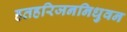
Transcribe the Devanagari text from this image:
हतहरिजननिधुवन